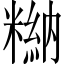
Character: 𥻻